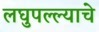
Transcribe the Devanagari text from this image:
लघुपल्ल्याचे